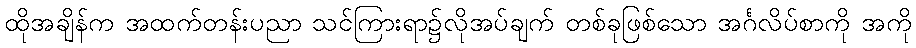
ထိုအချိန်က အထက်တန်းပညာ သင်ကြားရာ၌လိုအပ်ချက် တစ်ခုဖြစ်သော အင်္ဂလိပ်စာကို အကို